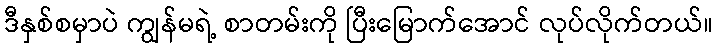
ဒီနှစ်စမှာပဲ ကျွန်မရဲ့ စာတမ်းကို ပြီးမြောက်အောင် လုပ်လိုက်တယ်။